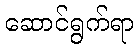
ဆောင်ရွက်ရာ